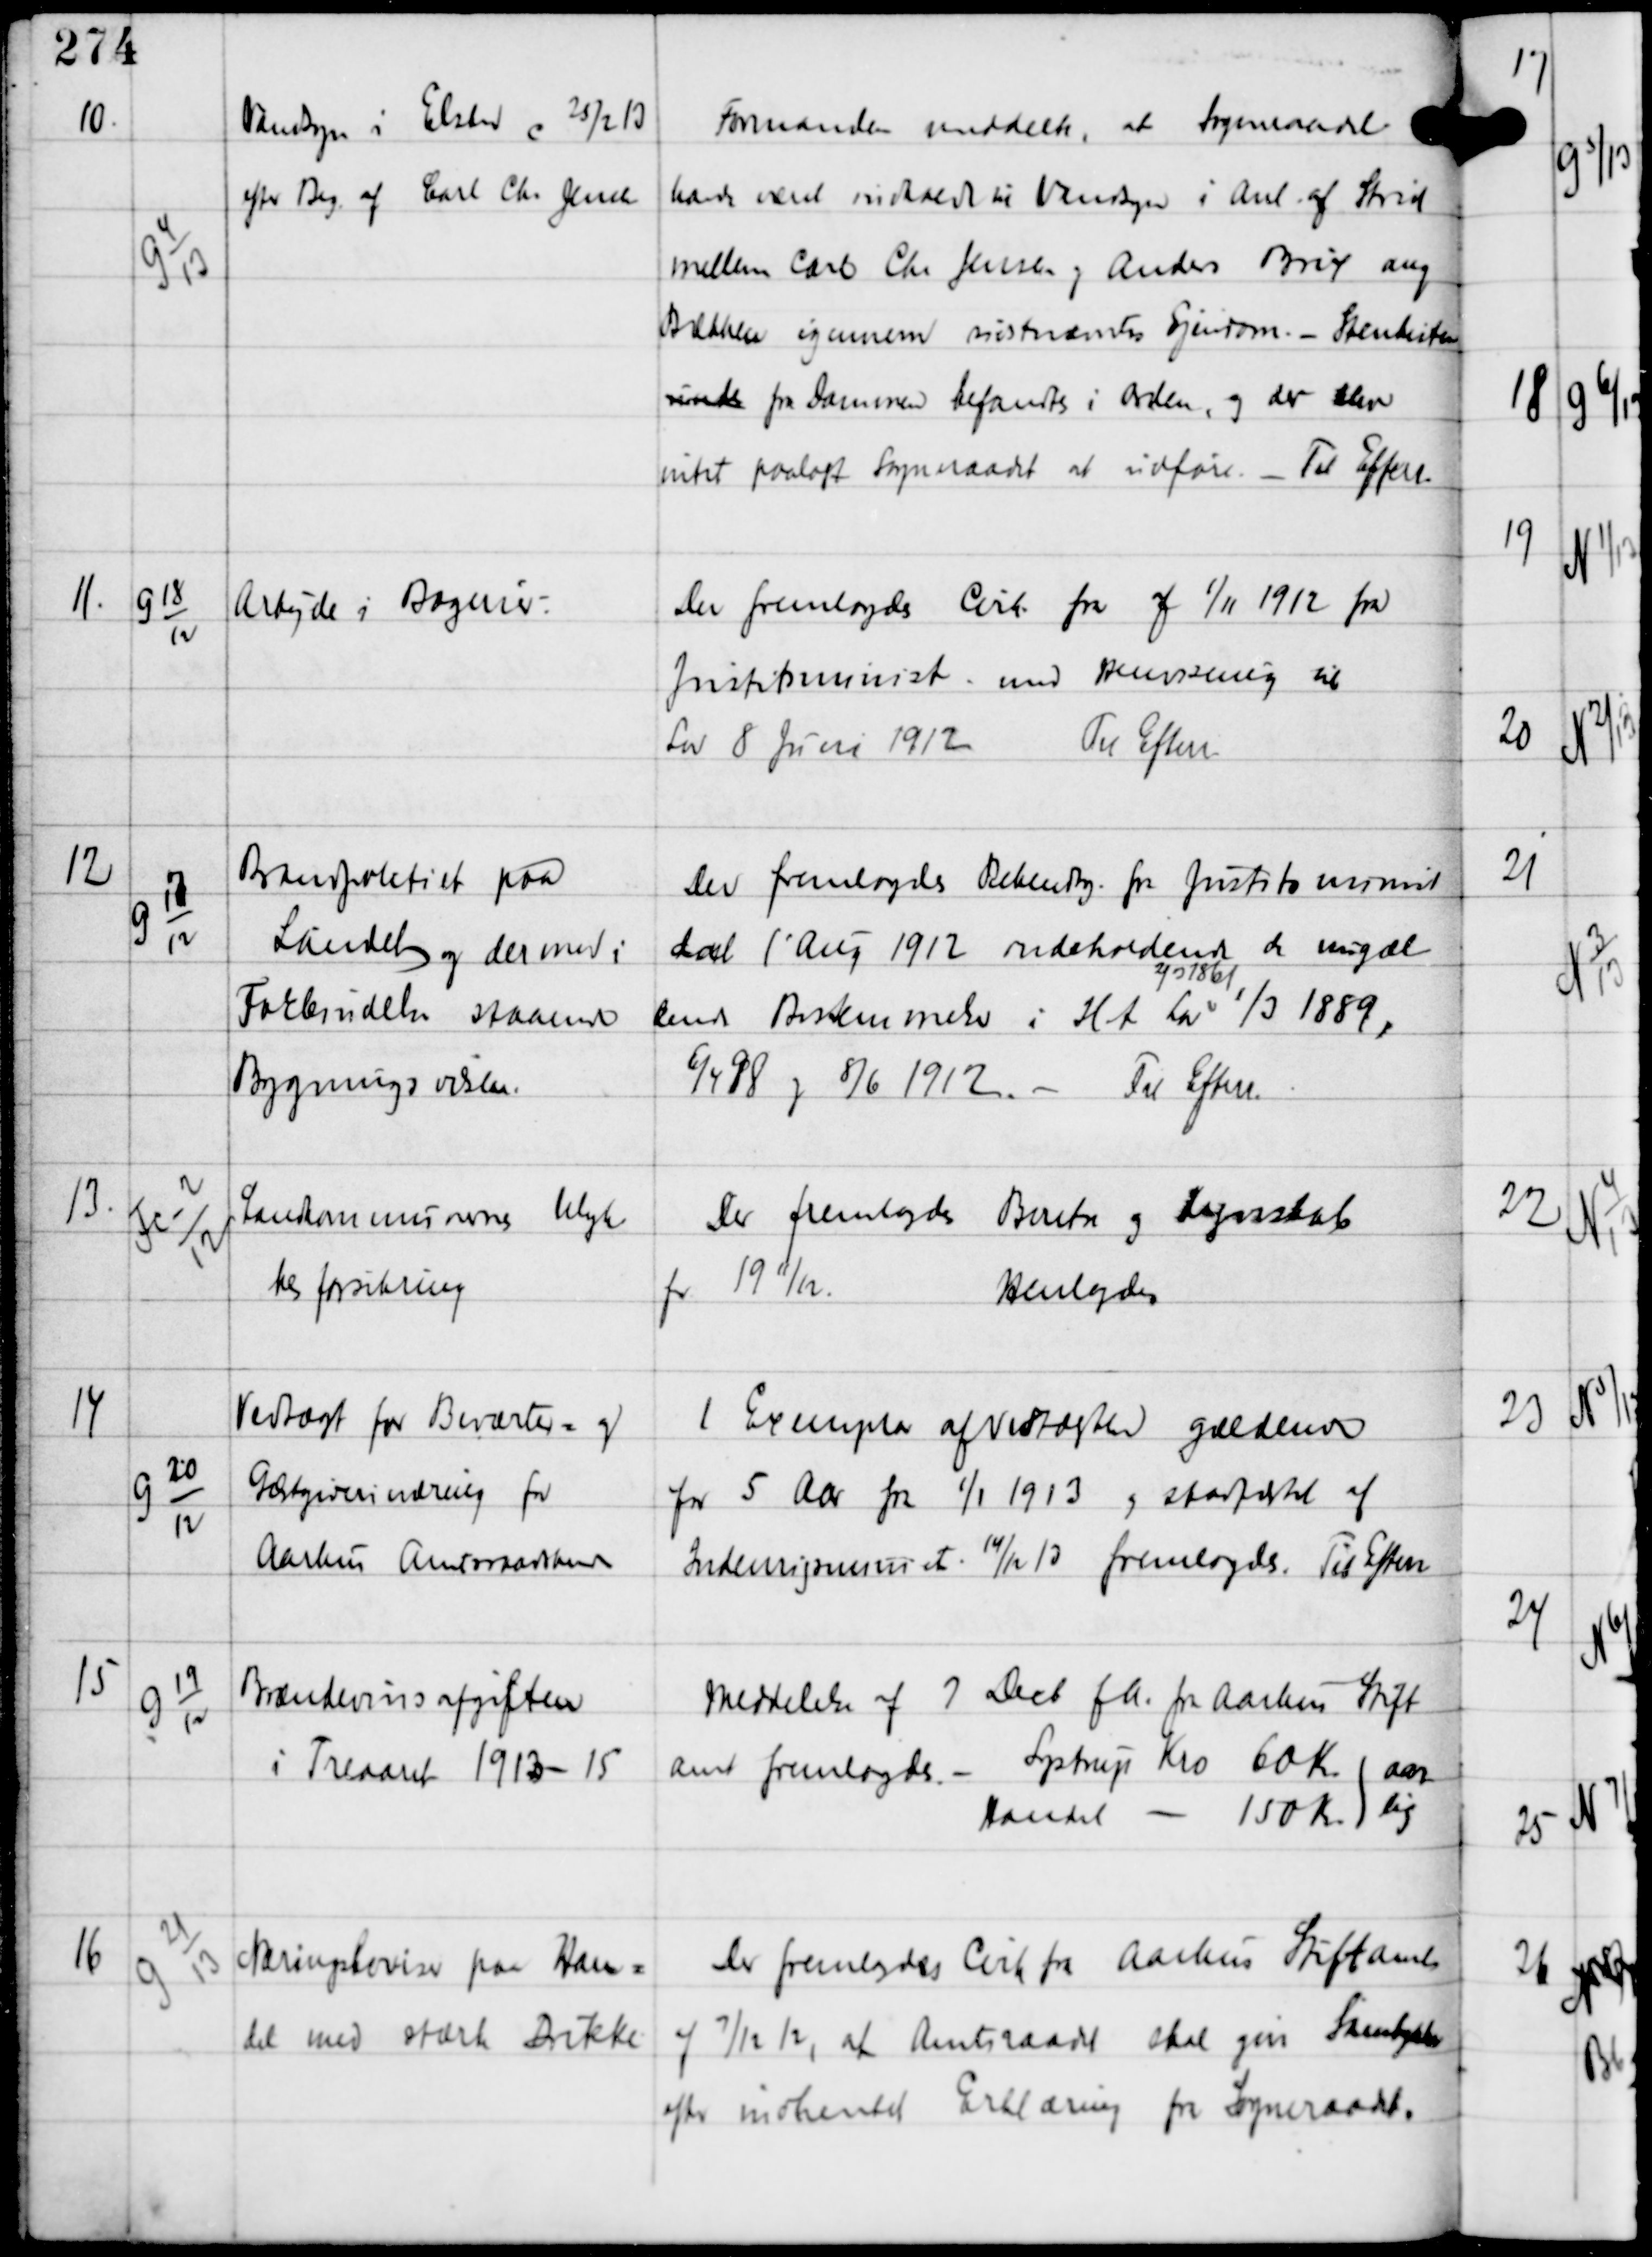
Transskription:
10

G 4
13

Vandsyn i Elsted c 25/2 13
efter Beg af Carl Chr Jensen

Formanden meddelte, at Sogneraadet
havde været indkaldt til Vandsyn i Anl af Strid
mellem Carl Chr Jensen og Anders Brix ang
Bækken igennem sidstnævntes Ejendom. - Stenkisten
rundt fra Dammen befandtes i Orden, og der blev
intet paalagt Sogneraadet at udføre. - Til Efterr

11.

G 18
12

Arbejde i Bagerier. -

Der fremlagdes Cirk fra af 1/11 1912 fra
Justitsminist med Henvisning til
Lov 8 Juni 1912 Til Efterr

12

G 17
12

Brandpolitiet paa
Landet og dermed i
Forbindelse staaende
Bygningsvæsen

Der fremlagdes Bekendtg. fra Justitsminist
dat 1' Aug 1912 indeholdende de nugæl-
dende Bestemmelser i Ht Lov
2/3 1861
1/3 1889,
6/4 98 og 8/6 1912. - Til Efterr.

13.

Fc-2
12

Landkommunernes Ulyk-
kesforsikring.

Der fremlagdes Beretn og Regnskab
for 1911/12.
Henlagdes

14

G 20
12

Vedtægt for Beværter og
Gæstgiverinæring for
Aarhus Amtsraadskreds

1 Exemplar af Vedtægter gældende
for 5 Aar fra 1/1 1913 og stadfæstet af
Indenrigsminist 14/13 13 fremlagdes. Til Efterr

15

G 19
12

Brændevinsafgiften
i Treaaret 1913-15

Meddelelse af 7. Decb fA. fra Aarhus Stift
amt fremlagdes. -
Lystrup Kro 60 Kr
Handel - 150 Kr
aar-
lig

16

G 21
13

Næringsbevis paa Han-
del med stærke Drikke

Der fremlagdes Cirk fra Aarhus Stiftamt
af 7/12 12, at Amtsraadet skal give Samtykke
efter indhentet Erklæring fra Sogneraadet.